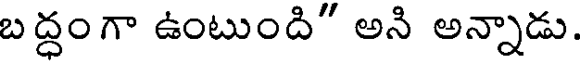
బద్ధంగా ఉంటుంది" అని అన్నాడు.